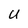
Character: U